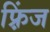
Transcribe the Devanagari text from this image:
फ़्रिंज